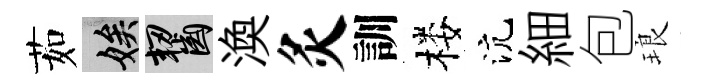
茹娭齧渙灸訓楼沆細包琅